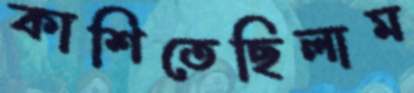
কাশিতেছিলাম